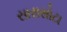
સારાસોટા